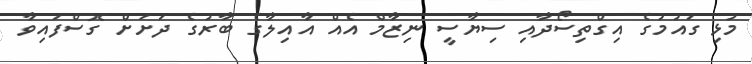
މުޅި ގައުމުގެ އިގްތިސޯދާއި ސިޔާސީ ނިޒާމް އެއް އާއިލާގެ ބާރުގެ ދަށަށް ގޮސްފައިވާ